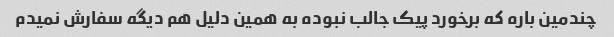
چندمین باره که برخورد پیک جالب نبوده به همین دلیل هم دیگه سفارش نمیدم